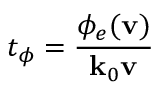
t _ { \phi } = \frac { \phi _ { e } ( \mathbf { v } ) } { \mathbf { k } _ { 0 } \mathbf { v } }